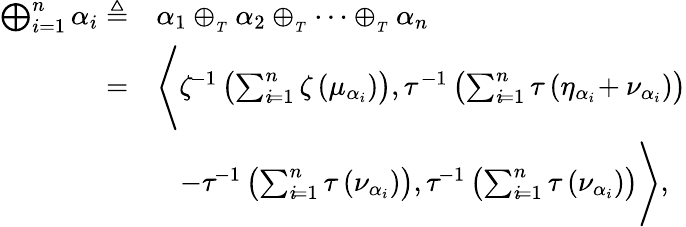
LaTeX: \begin{array}{rl}{\bigoplus_{i=1}^{n}\alpha_{i}\triangleq}&{\alpha_{1}\oplus_{_{T}}\alpha_{2}\oplus_{_{T}}\cdots\oplus_{_{T}}\alpha_{n}}\\ {=}&{\Bigg\langle\zeta^{\! -1}\left(\sum_{i\! =1}^{n}\zeta\left(\mu_{\alpha_{i}}\right)\right),\tau^{-1}\left(\sum_{i\! =1}^{n}\tau\left(\eta_{\alpha_{i}}\! +\nu_{\alpha_{i}}\right)\right)}\\ &{\quad\! -\tau^{\! -1}\left(\sum_{i\! =1}^{n}\tau\left(\nu_{\alpha_{i}}\right)\right),\tau^{\! -1}\left(\sum_{i\! =1}^{n}\tau\left(\nu_{\alpha_{i}}\right)\right)\Bigg\rangle,}\end{array}